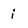
Character: i